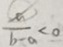
\frac { a } { b - a } < 0